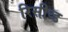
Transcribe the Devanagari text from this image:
रिसीव्ड